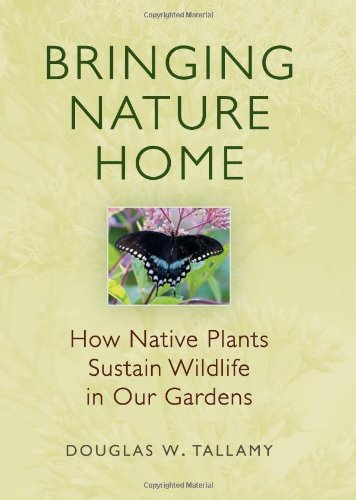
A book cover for Bringing Nature Home: How Native Plants Sustain Wildlife in Our Gardens; Douglas W. Tallamy; Crafts, Hobbies & Home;